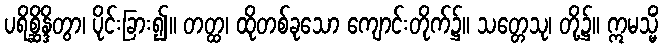
ပရိစ္ဆိန္ဒိတွာ၊ ပိုင်းခြား၍။ တတ္ထ၊ ထိုတစ်ခုသော ကျောင်းတိုက်၌။ သတ္တေသု၊ တို့၌။ ဣမသ္မိံ